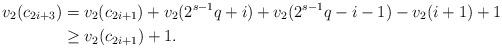
LaTeX: \begin{align*} v_{2}(c_{2i+3}) &= v_{2}(c_{2i+1})+ v_{2}(2^{s-1}q+i)+v_{2}(2^{s-1}q-i-1)-v_{2}(i+1)+1 \\ &\geq v_{2}(c_{2i+1})+1. \end{align*}